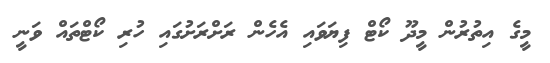
މީގެ އިތުރުން މީދޫ ކޯޓް ފިޔަވައި އެހެން ރަށްރަށުގައި ހުރި ކޯޓްތައް ވަނީ